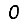
Digit: 0